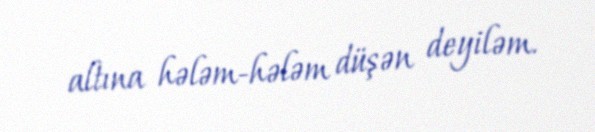
altına hələm-hələm düşən deyiləm.